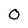
Character: 0